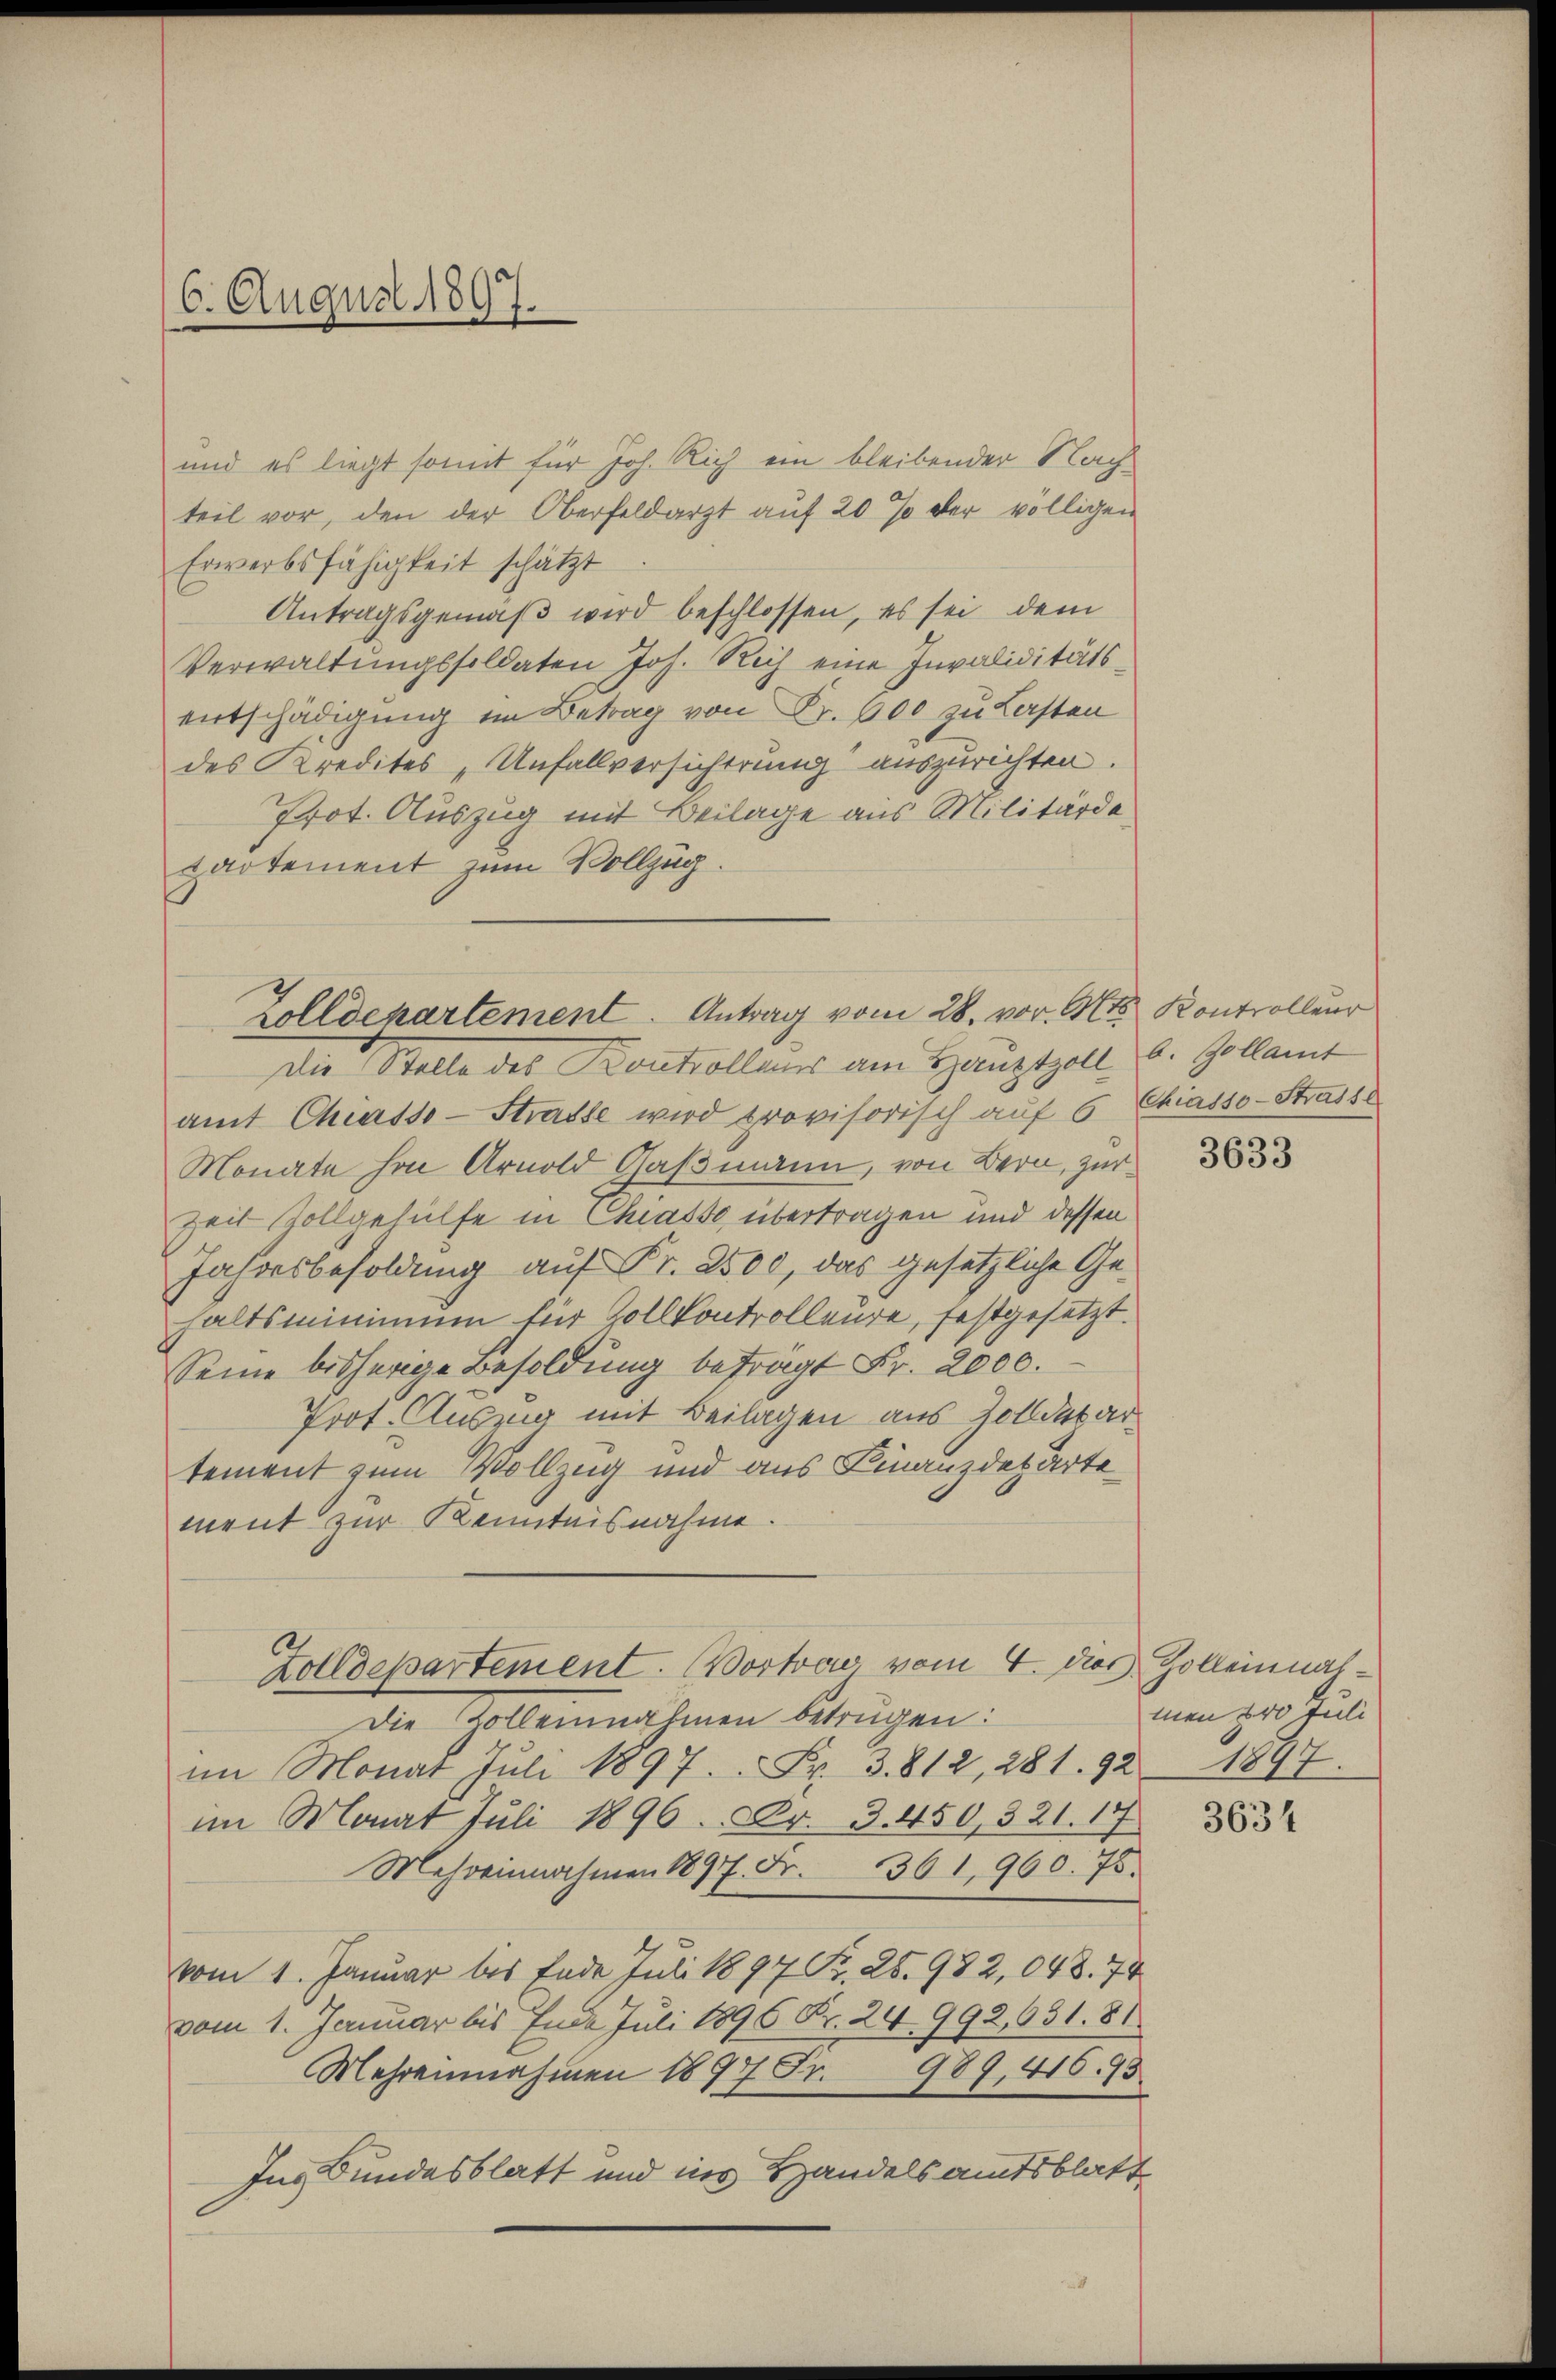
6. August 1897.

und es liegt somit für Joh. Rich ein bleibender Nachteil vor, den der Oberfeldarzt auf 20 % der völligen
Erwerbsfähigkeit schätzt
Antragsgemäß wird beschlossen, es sei dem
Verwaltungssoldaten Joh. Rich eine Invaliditätsentschädigung im Betrag von Fr. 600 zu Lasten
des Kredites „Unfallversicherung auszurichten.
Prot. Auszug mit Beilage aus Militärdepartement zum Vollzug.

Zolldepartement. Antrag vom 28. vor. Mts. Kontrolleur

Die Stelle des Kontrollens am Hauptzoll b. Zollamt
amt Chiasso-Strasse wird provisorisch auf 6 Chiasso-Strasse
Monate hin Arnold Gaßmann, von Bern, zur
Zeit Vollgehülfe in Chiasso übertragen und dessen
Jahresbesoldung auf Fr. 2500, das gesetzliche Gehaltsminimum für Zollkontrolleure, festgesetzt.
Seine bisherige Besoldung beträgt Fr. 2000.
Prof. Auszug mit Beilagen aus Zolldepar
tement zum Vollzug und aus Finanzdeparte
ment zur Kenntnisnahme
Zolldepartement. Vortrow vom 4. dies Zolleinal¬
Die Kollennahmen betrügen:
im Monat Juli 1897. Fr. 3. 812, 281. 92 1897.
im Monat Juli 1896. Fr. 3. 450, 321. 17
Mehreinnahmen 1897 Fr. 361, 960. 75.
vom 1. Januar bis Ende Juli 1897 Fr. 25. 982,048. 74
vom 1. Januar bis Ende Juli 1896 Fr. 24 992, 631. 81
Mehrennahmen 1897 Fr. 989, 416. 73
Ins Bundesblatt und ins Handelsamtsblatt

3633

men 200 Juli

3634